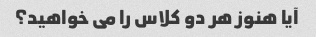
آیا هنوز هر دو کلاس را می خواهید؟